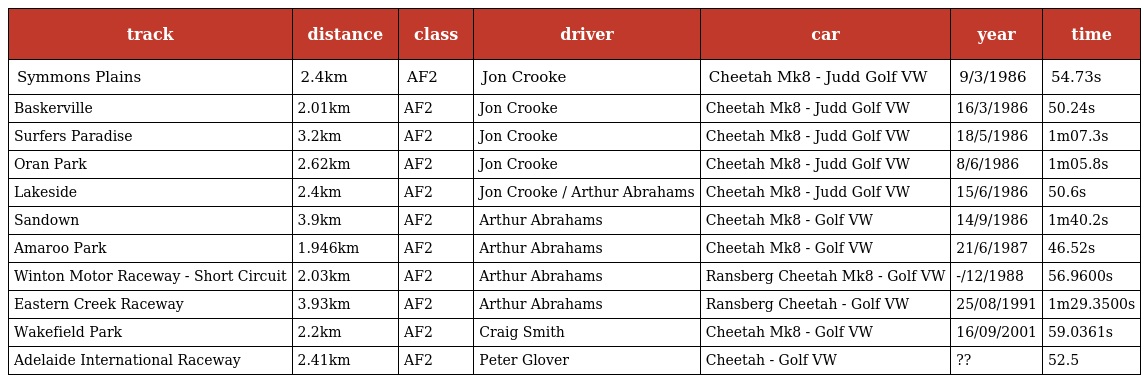
| track | distance | class | driver | car | year | time |
 | --- | --- | --- | --- | --- | --- | --- |
 | Symmons Plains | 2.4km | AF2 | Jon Crooke | Cheetah Mk8 - Judd Golf VW | 9/3/1986 | 54.73s |
 | Baskerville | 2.01km | AF2 | Jon Crooke | Cheetah Mk8 - Judd Golf VW | 16/3/1986 | 50.24s |
 | Surfers Paradise | 3.2km | AF2 | Jon Crooke | Cheetah Mk8 - Judd Golf VW | 18/5/1986 | 1m07.3s |
 | Oran Park | 2.62km | AF2 | Jon Crooke | Cheetah Mk8 - Judd Golf VW | 8/6/1986 | 1m05.8s |
 | Lakeside | 2.4km | AF2 | Jon Crooke / Arthur Abrahams | Cheetah Mk8 - Judd Golf VW | 15/6/1986 | 50.6s |
 | Sandown | 3.9km | AF2 | Arthur Abrahams | Cheetah Mk8 - Golf VW | 14/9/1986 | 1m40.2s |
 | Amaroo Park | 1.946km | AF2 | Arthur Abrahams | Cheetah Mk8 - Golf VW | 21/6/1987 | 46.52s |
 | Winton Motor Raceway - Short Circuit | 2.03km | AF2 | Arthur Abrahams | Ransberg Cheetah Mk8 - Golf VW | -/12/1988 | 56.9600s |
 | Eastern Creek Raceway | 3.93km | AF2 | Arthur Abrahams | Ransberg Cheetah - Golf VW | 25/08/1991 | 1m29.3500s |
 | Wakefield Park | 2.2km | AF2 | Craig Smith | Cheetah Mk8 - Golf VW | 16/09/2001 | 59.0361s |
 | Adelaide International Raceway | 2.41km | AF2 | Peter Glover | Cheetah - Golf VW | ?? | 52.5 |